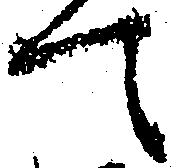
て